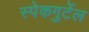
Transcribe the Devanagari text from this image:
स्पेकगुर्टेल